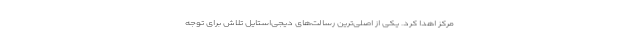
مرکز اهدا کرد. یکی از اصلی‌ترین رسالت‌های دیجی‌استایل تلاش برای توجه